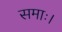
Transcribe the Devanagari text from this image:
समाः।